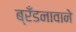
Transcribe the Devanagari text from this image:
ब्रँडनावाने